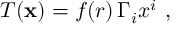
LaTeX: T ( { \bf x } ) = f ( r ) \, \Gamma _ { i } x ^ { i } ~ ,